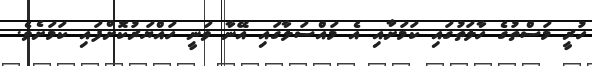
ހުރީ މަސްތުގެ ހާލަތުގައި ކަމަށާއި އެ މައްސަލާގައި އޭނާ ވަނީ ހައްޔަރުކޮށްފައި ކަމަށެވެ.